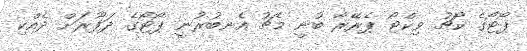
ޕޯޓޯގެ ކޯޗު ވިކްޓޯ ޕެރޭރާ ބުނީ މެޗު އެނބުރުނީ ޕޯޓޯގެ ދަފޫރަށް ދެއްކި